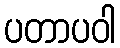
ပတာပဝါ